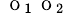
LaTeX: _{\mathrm{~\scriptsize~O~}_{1}\mathrm{~\scriptsize~O~}_{2}}